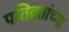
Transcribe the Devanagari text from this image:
पतिव्रतांच्या